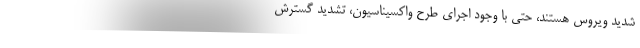
شدید ویروس هستند، حتی با وجود اجرای طرح واکسیناسیون، تشدید گسترش